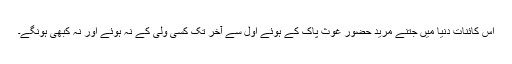
اِس کائنات دُنیا میں جتنے مرید حضور غوثِ پاک کے ہوئے اوّل سے آخر تک کسی ولی کے نہ ہوئے اور نہ کبھی ہونگے۔